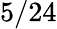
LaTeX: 5/24